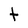
Character: t